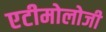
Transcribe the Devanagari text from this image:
एटीमोलोजी